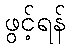
ဖွင့်ရန်